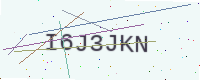
Text: I6J3JKN